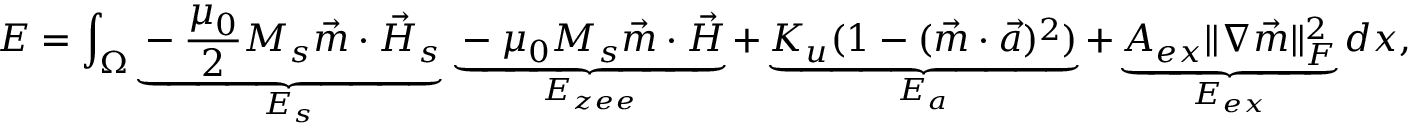
E = \int _ { \Omega } \underbrace { - \frac { \mu _ { 0 } } { 2 } M _ { s } \vec { m } \cdot \vec { H } _ { s } } _ { E _ { s } } \, \underbrace { - \mu _ { 0 } M _ { s } \vec { m } \cdot \vec { H } } _ { E _ { z e e } } + \underbrace { K _ { u } ( 1 - ( \vec { m } \cdot \vec { a } ) ^ { 2 } ) } _ { E _ { a } } + \underbrace { A _ { e x } \| \nabla \vec { m } \| _ { F } ^ { 2 } } _ { E _ { e x } } d x ,